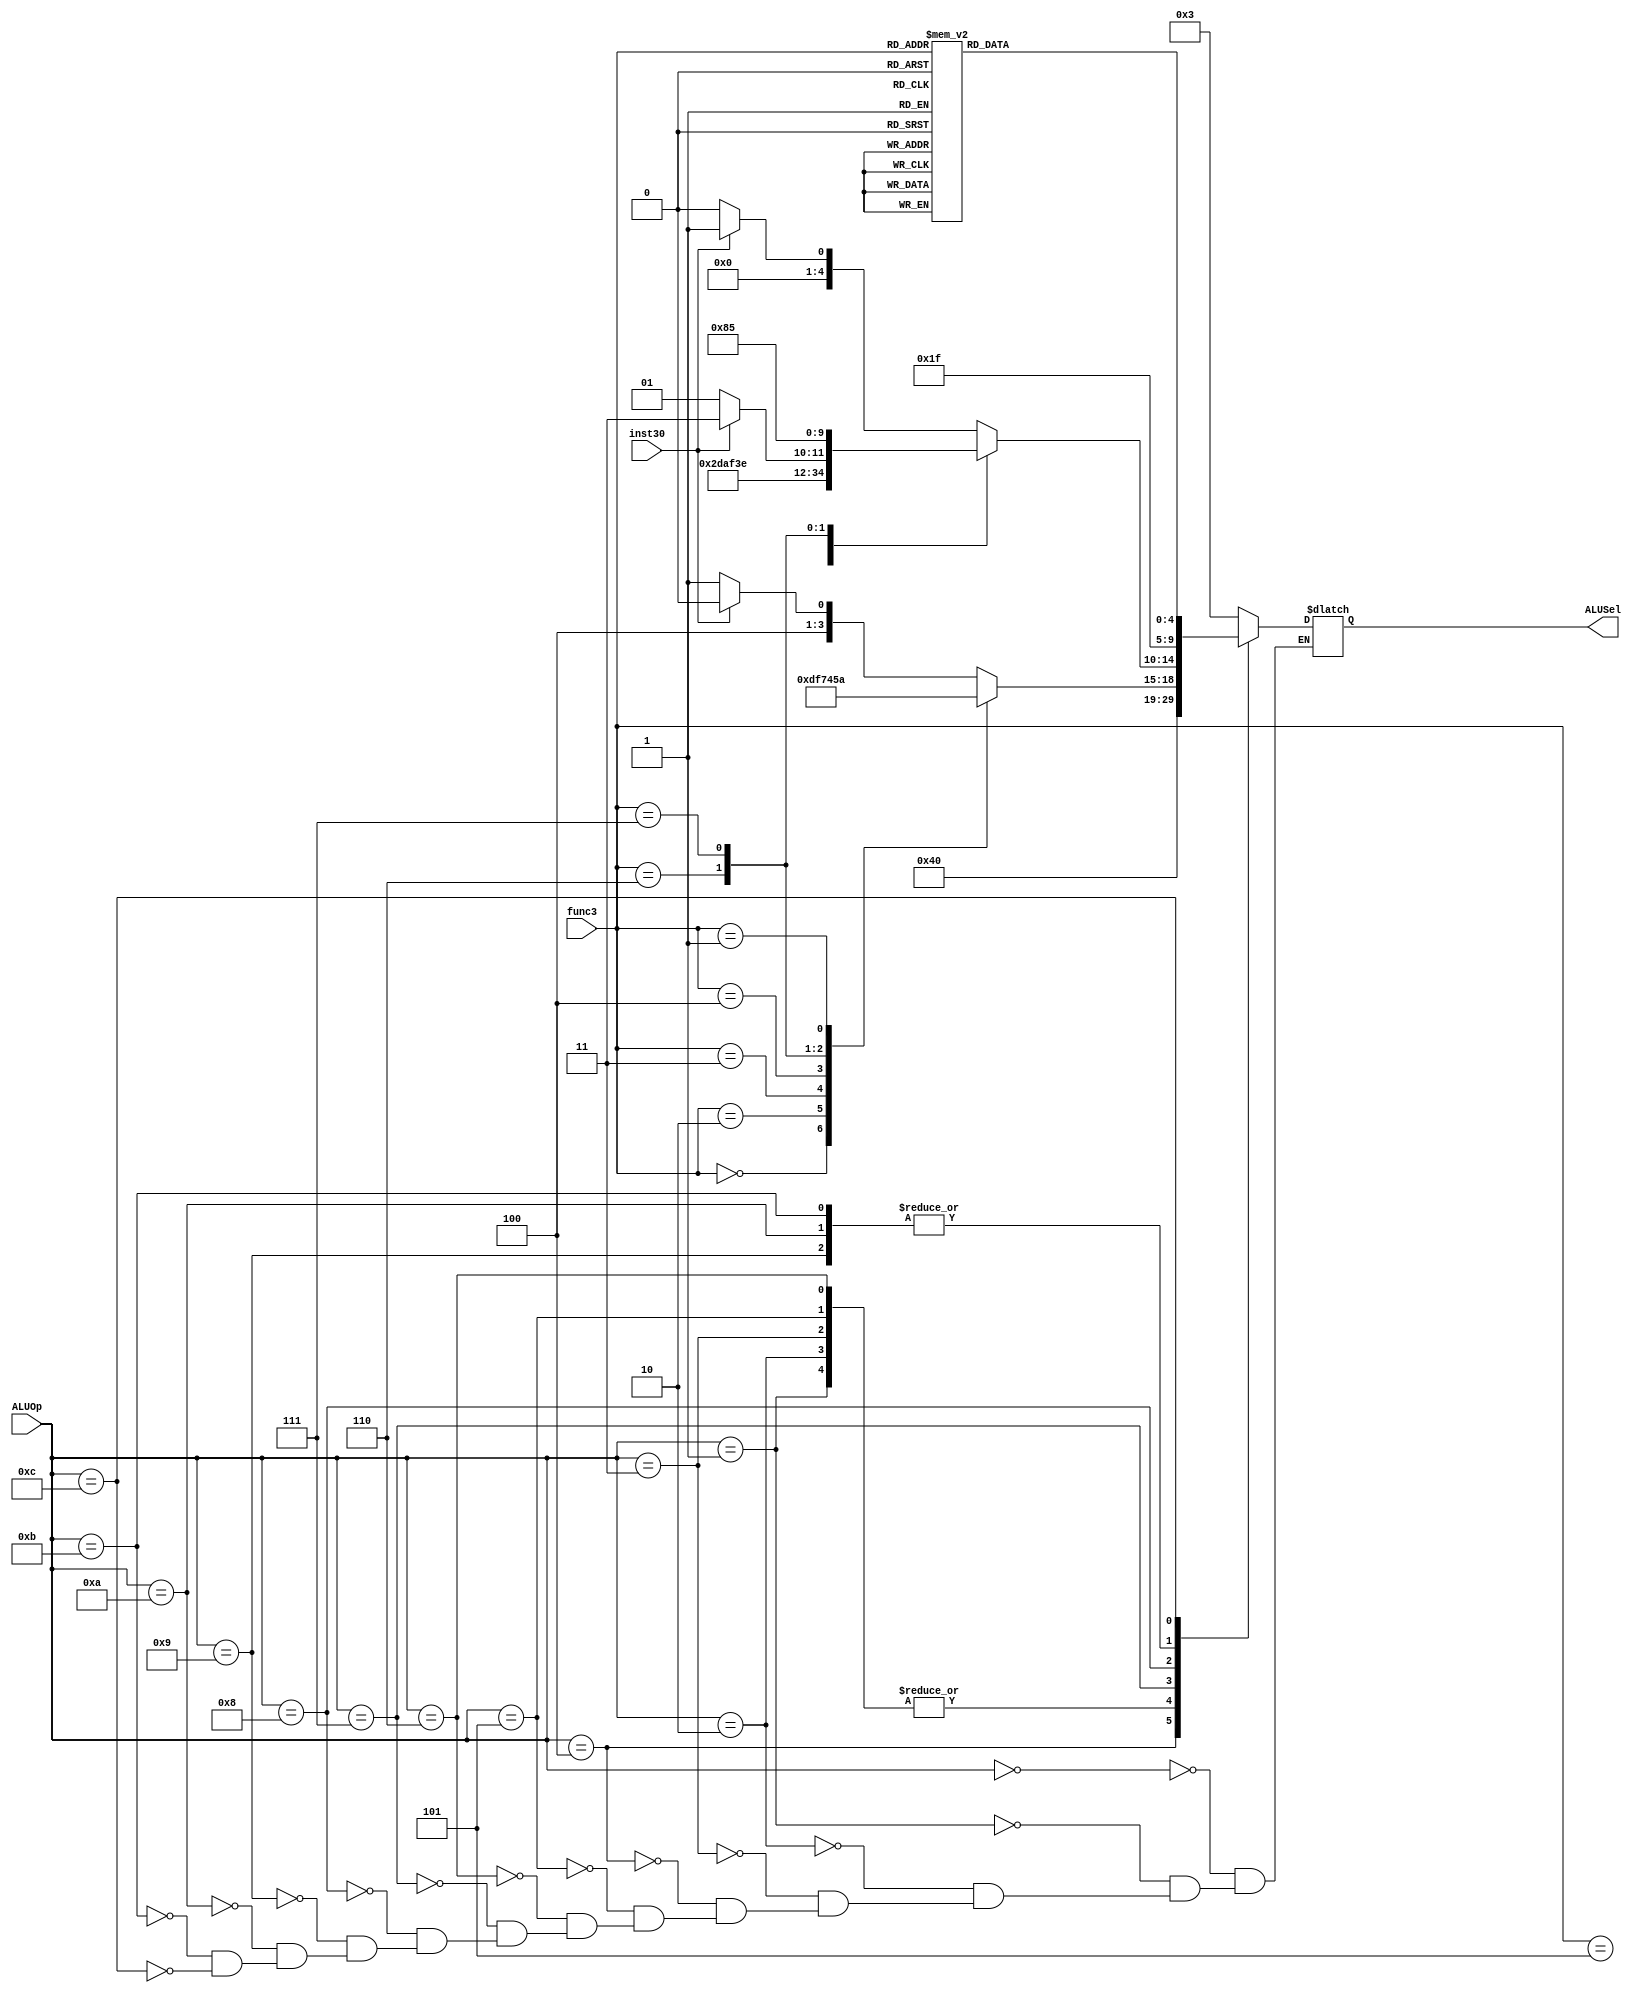
`timescale 1ns / 1ps
//////////////////////////////////////////////////////////////////////////////////
// Company: 
// Engineer: 
// 
// Design Name: 
// Module Name: ALUControl
// Project Name: 
// Target Devices: 
// Tool Versions: 
// Description: 
// 
// Dependencies: 
// 
// Revision:
// Revision 0.01 - File Created
// Additional Comments:
// 
//////////////////////////////////////////////////////////////////////////////////


module ALUcontrol(
    input      [3:0] ALUOp,
    input      [2:0] func3,
    input            inst30,
    output reg [4:0] ALUSel
    );
    always @(*) begin
        case(ALUOp)
            4'b0000: ALUSel = 5'b000_11;
            4'b0001: ALUSel = 5'b000_00;
            4'b0010: ALUSel = 5'b000_00;
            4'b0011: ALUSel = 5'b000_00;
            4'b0100: ALUSel = 5'b000_01;
            4'b0101: ALUSel = 5'b000_00;
            4'b0110: ALUSel = 5'b000_00;
            4'b0111: begin
                case (func3)
                    3'b000: ALUSel = 5'b000_00;
                    3'b010: ALUSel = 5'b011_01;
                    3'b011: ALUSel = 5'b011_11;
                    3'b100: ALUSel = 5'b001_11;
                    3'b110: ALUSel = 5'b001_00;
                    3'b111: ALUSel = 5'b001_01;
                    3'b001: ALUSel = 5'b010_10;
                    default: begin
                        if (inst30)
                            ALUSel = 5'b010_00;
                        else
                            ALUSel = 5'b010_01;
                    end
                endcase
            end
            4'b1000: begin
                case (func3)
                    3'b000: begin
                        if (inst30)
                            ALUSel = 5'b000_01;
                        else
                            ALUSel = 5'b000_00;
                    end
                    3'b001: ALUSel = 5'b010_11;
                    3'b010: ALUSel = 5'b011_01;
                    3'b011: ALUSel = 5'b011_11;
                    3'b100: ALUSel = 5'b001_11;
                    3'b101: begin
                        if (inst30)
                            ALUSel = 5'b110_11;
                        else
                            ALUSel = 5'b110_01;
                    end
                    3'b110: ALUSel = 5'b001_00;
                    3'b111: ALUSel = 5'b001_01;
                endcase
            end
            4'b1001: ALUSel = 5'b111_11;
            4'b1010: ALUSel = 5'b111_11;
            4'b1011: ALUSel = 5'b111_11;
            4'b1100: begin
                           case(func3)
                                3'b000: ALUSel = 5'b100_00;//MUL
                                3'b001: ALUSel = 5'b100_01;//MULH
                                3'b010: ALUSel = 5'b100_10;//MULHSU
                                3'b011: ALUSel = 5'b101_00;//MULHU
                                3'b100: ALUSel = 5'b101_01;//DIV
                                3'b101: ALUSel = 5'b101_10;//DIVU
                                3'b110: ALUSel = 5'b101_11;//REM
                                3'b111: ALUSel = 5'b110_00;//REMU
                            endcase
                     end
        endcase
    end
endmodule